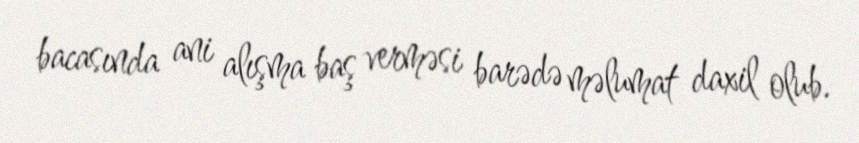
bacasında ani alışma baş verməsi barədə məlumat daxil olub.